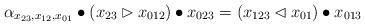
\begin{align*}\alpha_{x_{23},x_{12},x_{01}}\bullet(x_{23}\rhd x_{012})\bullet x_{023}=(x_{123}\lhd x_{01})\bullet x_{013}\end{align*}